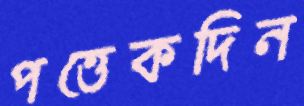
পত্তেকদিন